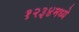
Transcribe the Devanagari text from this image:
१२३४मध्ये